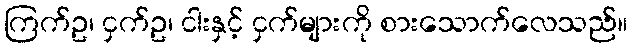
ကြက်ဥ၊ ငှက်ဥ၊ ငါးနှင့် ငှက်များကို စားသောက်လေသည်။